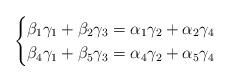
LaTeX: \begin{align*} \begin{cases}\beta_1\gamma_1+\beta_2\gamma_3=\alpha_1\gamma_2+\alpha_2\gamma_4 \\\beta_4\gamma_1+\beta_5\gamma_3=\alpha_4\gamma_2+\alpha_5\gamma_4\end{cases}\end{align*}